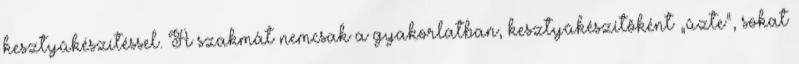
kesztyûkészítéssel. A szakmát nemcsak a gyakorlatban, kesztyûkészítôként „ûzte”, sokat